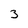
Character: 3